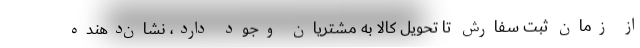
از زمان ثبت سفارش تا تحویل کالا به مشتریان وجود دارد، نشان‌دهنده